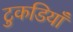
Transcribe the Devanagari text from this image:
टुकडियाँ